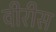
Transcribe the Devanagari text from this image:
वीरीस